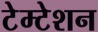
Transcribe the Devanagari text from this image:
टेम्टेशन